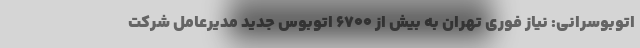
اتوبوسرانی: نیاز فوری تهران به بیش از ۶۷۰۰ اتوبوس جدید مدیرعامل شرکت